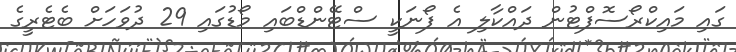
ގައި މައިކްރޯސޮފްޓުން ދައްކާލި އެ ފޯނަކީ ސްޓޭންޑްބައި މޯޑުގައި 29 ދުވަހަށް ބެޓެރީގެ